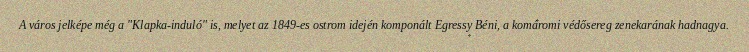
A város jelképe még a "Klapka-induló" is, melyet az 1849-es ostrom idején komponált Egressy Béni, a komáromi védősereg zenekarának hadnagya.